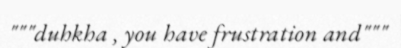
"""duhkha , you have frustration and"""